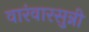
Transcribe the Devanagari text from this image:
वारंवारसुन्नी